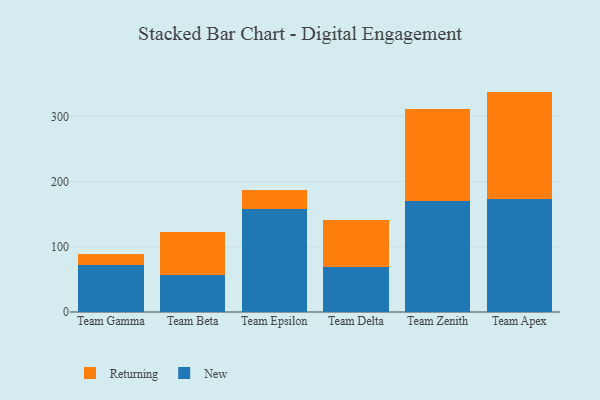
{"axis": {"x": "Team", "y": "Market Share (%)"}, "legend": ["New", "Returning"], "data": [{"x": "Team Gamma", "y": 72.8, "type": "New"}, {"x": "Team Gamma", "y": 16.2, "type": "Returning"}, {"x": "Team Beta", "y": 57.1, "type": "New"}, {"x": "Team Beta", "y": 66.0, "type": "Returning"}, {"x": "Team Epsilon", "y": 158.5, "type": "New"}, {"x": "Team Epsilon", "y": 29.0, "type": "Returning"}, {"x": "Team Delta", "y": 69.7, "type": "New"}, {"x": "Team Delta", "y": 71.0, "type": "Returning"}, {"x": "Team Zenith", "y": 170.5, "type": "New"}, {"x": "Team Zenith", "y": 141.4, "type": "Returning"}, {"x": "Team Apex", "y": 173.3, "type": "New"}, {"x": "Team Apex", "y": 164.7, "type": "Returning"}]}